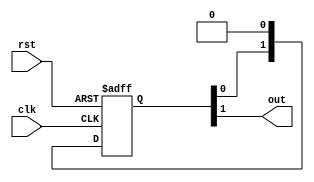
// This program was cloned from: https://github.com/alexforencich/xfcp
// License: MIT License

/*

Copyright (c) 2014-2020 Alex Forencich

Permission is hereby granted, free of charge, to any person obtaining a copy
of this software and associated documentation files (the "Software"), to deal
in the Software without restriction, including without limitation the rights
to use, copy, modify, merge, publish, distribute, sublicense, and/or sell
copies of the Software, and to permit persons to whom the Software is
furnished to do so, subject to the following conditions:

The above copyright notice and this permission notice shall be included in
all copies or substantial portions of the Software.

THE SOFTWARE IS PROVIDED "AS IS", WITHOUT WARRANTY OF ANY KIND, EXPRESS OR
IMPLIED, INCLUDING BUT NOT LIMITED TO THE WARRANTIES OF MERCHANTABILITY
FITNESS FOR A PARTICULAR PURPOSE AND NONINFRINGEMENT. IN NO EVENT SHALL THE
AUTHORS OR COPYRIGHT HOLDERS BE LIABLE FOR ANY CLAIM, DAMAGES OR OTHER
LIABILITY, WHETHER IN AN ACTION OF CONTRACT, TORT OR OTHERWISE, ARISING FROM,
OUT OF OR IN CONNECTION WITH THE SOFTWARE OR THE USE OR OTHER DEALINGS IN
THE SOFTWARE.

*/

// Language: Verilog-2001

`timescale 1ns / 1ps

/*
 * Synchronizes an active-high asynchronous reset signal to a given clock by
 * using a pipeline of N registers.
 */
module sync_reset #
(
    // depth of synchronizer
    parameter N = 2
)
(
    input  wire clk,
    input  wire rst,
    output wire out
);

(* srl_style = "register" *)
reg [N-1:0] sync_reg = {N{1'b1}};

assign out = sync_reg[N-1];

always @(posedge clk or posedge rst) begin
    if (rst) begin
        sync_reg <= {N{1'b1}};
    end else begin
        sync_reg <= {sync_reg[N-2:0], 1'b0};
    end
end

endmodule